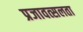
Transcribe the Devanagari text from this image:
प्रजावत्सलता